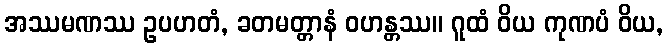
အဿမဏဿ ဥပဟတံ, ခတမတ္တာနံ ဝဟန္တဿ။ ဂူထံ ဝိယ ကုဏပံ ဝိယ,